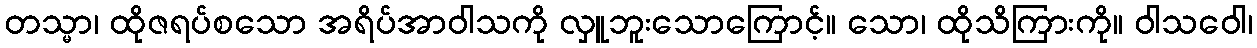
တသ္မာ၊ ထိုဇရပ်စသော အရိပ်အာဝါသကို လှူဘူးသောကြောင့်။ သော၊ ထိုသိကြားကို။ ဝါသဝေါ၊